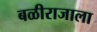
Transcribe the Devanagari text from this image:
बळीराजाला